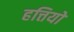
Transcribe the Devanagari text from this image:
हत्तियों